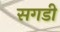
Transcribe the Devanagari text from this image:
सगडी